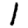
Digit: 1